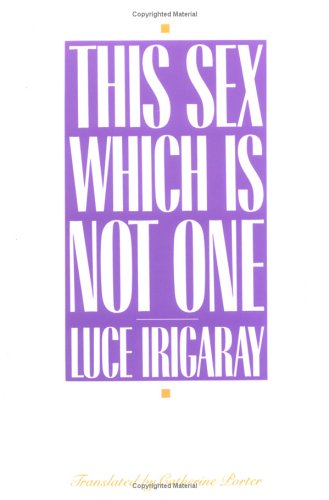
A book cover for This Sex Which Is Not One; Luce Irigaray; Gay & Lesbian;